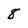
Character: 8